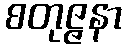
စတုဇ္ဇနာ